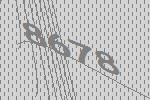
8678